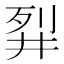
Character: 𬆓